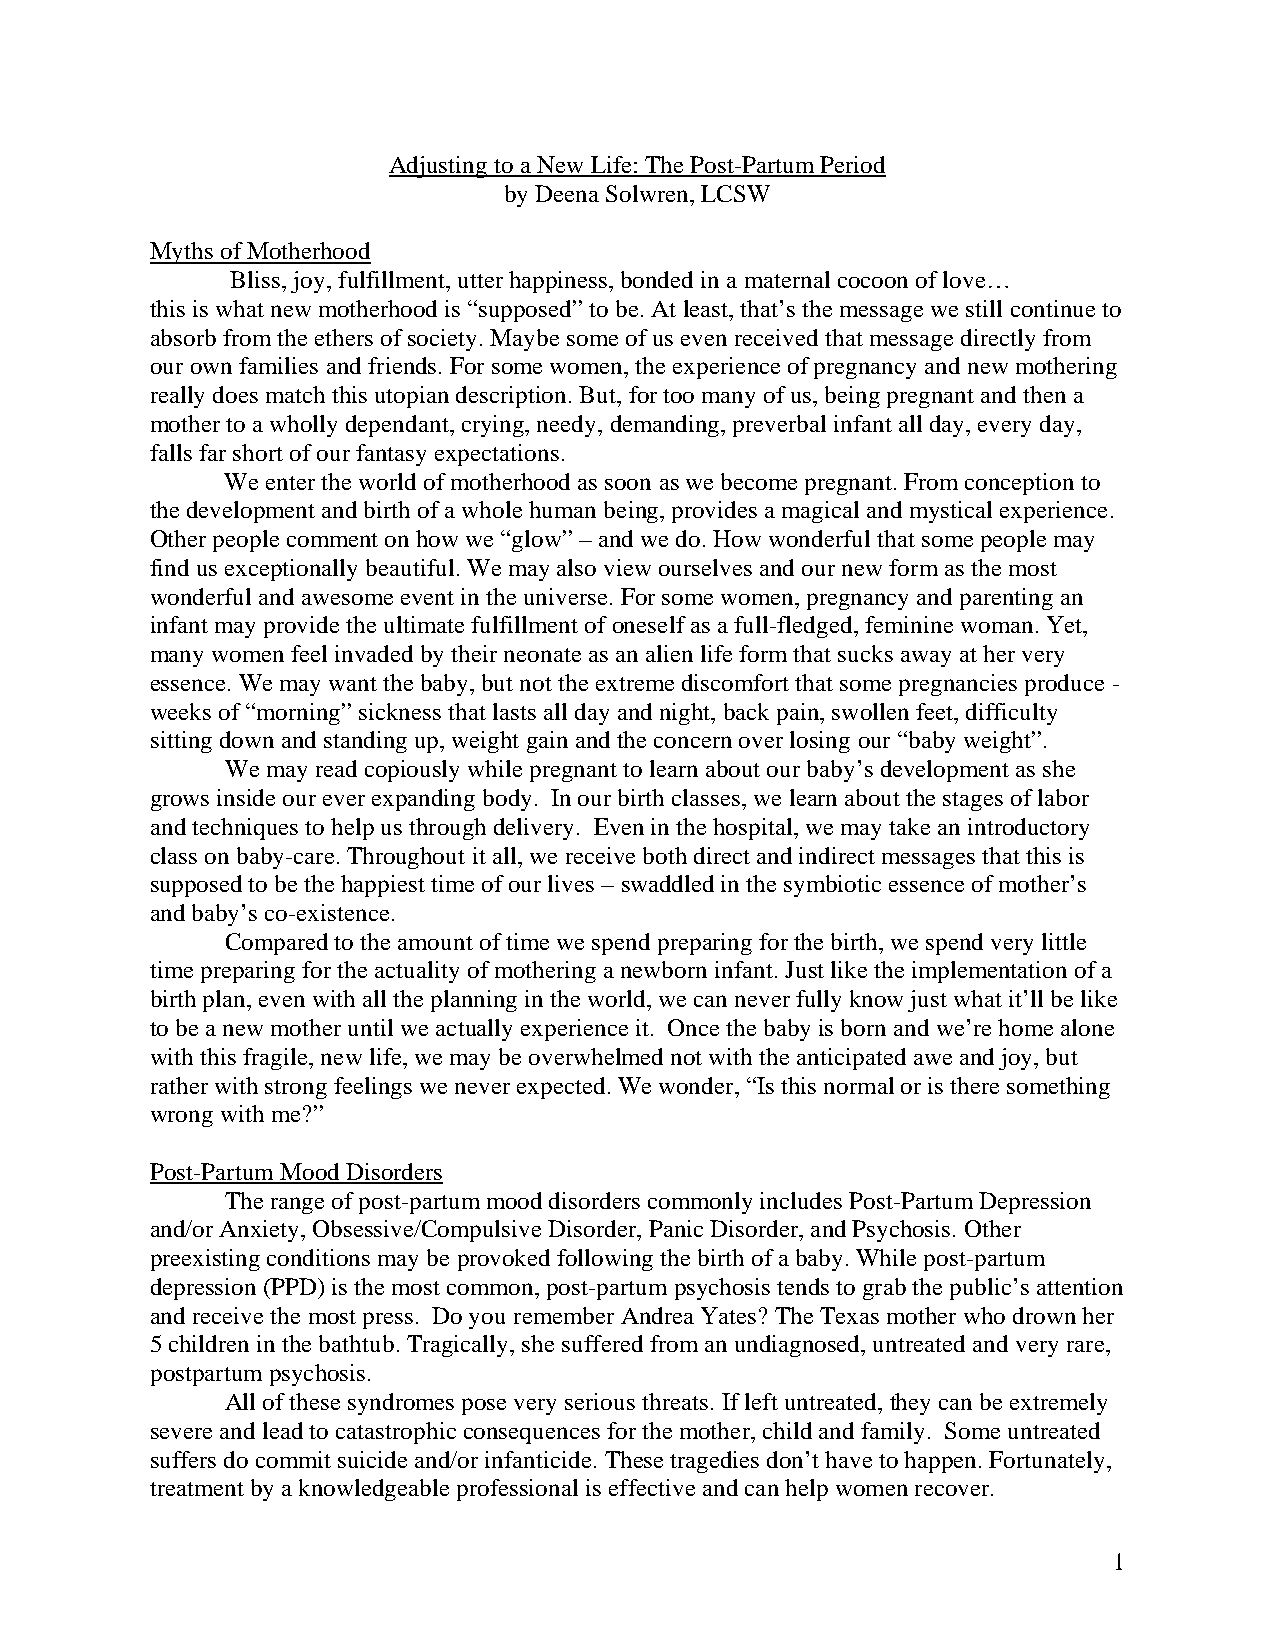
Adjusting to a New Life: The Post-Partum Period
 by Deena Solwren, LCSW
 Myths of Motherhood
 Bliss, joy, fulfillment, utter happiness, bonded in a maternal cocoon of love…
 this is what new motherhood is “supposed” to be. At least, that’s the message we still continue to
 absorb from the ethers of society. Maybe some of us even received that message directly from
 our own families and friends. For some women, the experience of pregnancy and new mothering
 really does match this utopian description. But, for too many of us, being pregnant and then a
 mother to a wholly dependant, crying, needy, demanding, preverbal infant all day, every day,
 falls far short of our fantasy expectations.
 We enter the world of motherhood as soon as we become pregnant. From conception to
 the development and birth of a whole human being, provides a magical and mystical experience.
 Other people comment on how we “glow” – and we do. How wonderful that some people may
 find us exceptionally beautiful. We may also view ourselves and our new form as the most
 wonderful and awesome event in the universe. For some women, pregnancy and parenting an
 infant may provide the ultimate fulfillment of oneself as a full-fledged, feminine woman. Yet,
 many women feel invaded by their neonate as an alien life form that sucks away at her very
 essence. We may want the baby, but not the extreme discomfort that some pregnancies produce -
 weeks of “morning” sickness that lasts all day and night, back pain, swollen feet, difficulty
 sitting down and standing up, weight gain and the concern over losing our “baby weight”.
 We may read copiously while pregnant to learn about our baby’s development as she
 grows inside our ever expanding body. In our birth classes, we learn about the stages of labor
 and techniques to help us through delivery. Even in the hospital, we may take an introductory
 class on baby-care. Throughout it all, we receive both direct and indirect messages that this is
 supposed to be the happiest time of our lives – swaddled in the symbiotic essence of mother’s
 and baby’s co-existence.
 Compared to the amount of time we spend preparing for the birth, we spend very little
 time preparing for the actuality of mothering a newborn infant. Just like the implementation of a
 birth plan, even with all the planning in the world, we can never fully know just what it’ll be like
 to be a new mother until we actually experience it. Once the baby is born and we’re home alone
 with this fragile, new life, we may be overwhelmed not with the anticipated awe and joy, but
 rather with strong feelings we never expected. We wonder, “Is this normal or is there something
 wrong with me?”
 Post-Partum Mood Disorders
 The range of post-partum mood disorders commonly includes Post-Partum Depression
 and/or Anxiety, Obsessive/Compulsive Disorder, Panic Disorder, and Psychosis. Other
 preexisting conditions may be provoked following the birth of a baby. While post-partum
 depression (PPD) is the most common, post-partum psychosis tends to grab the public’s attention
 and receive the most press. Do you remember Andrea Yates? The Texas mother who drown her
 5 children in the bathtub. Tragically, she suffered from an undiagnosed, untreated and very rare,
 postpartum psychosis.
 All of these syndromes pose very serious threats. If left untreated, they can be extremely
 severe and lead to catastrophic consequences for the mother, child and family. Some untreated
 suffers do commit suicide and/or infanticide. These tragedies don’t have to happen. Fortunately,
 treatment by a knowledgeable professional is effective and can help women recover.
 1